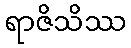
ရာဇိသိဿ